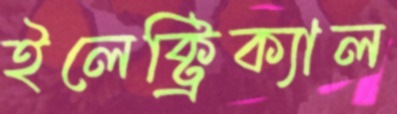
ইলেক্ট্রিক্যাল